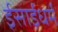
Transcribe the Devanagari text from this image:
ईसाईधर्मं